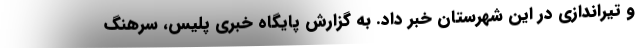
و تیراندازی در این شهرستان خبر داد. به گزارش پایگاه خبری پلیس، سرهنگ